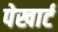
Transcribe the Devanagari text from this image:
पेखार्ट